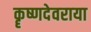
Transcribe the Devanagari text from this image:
कॄष्णदेवराया